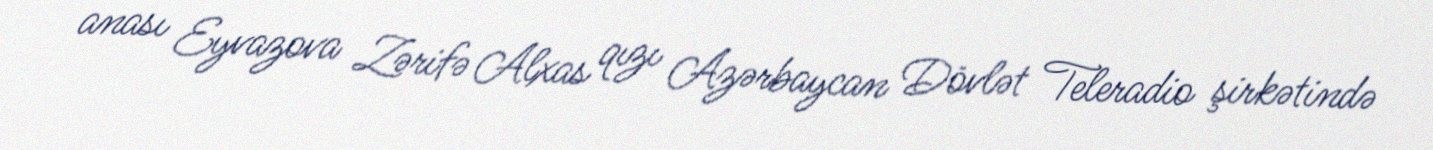
anası Eyvazova Zərifə Alxas qızı Azərbaycan Dövlət Teleradio şirkətində